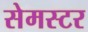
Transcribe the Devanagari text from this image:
सेमस्टर